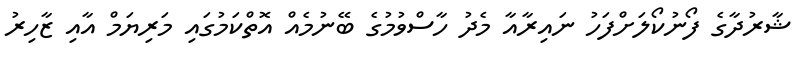
ޝާރުދާގެ ފޯނުކޯލަށްފަހު ނައިރާއާ މެދު ހާސްވުމުގެ ބޭނުމެއް އޮތްކަމުގައި މަރިޔަމް އާއި ޒާހިރު